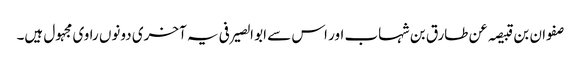
صفوان بن قبیصہ عن طارق بن شہاب اور اس سے ابو الصیرفی یہ آخری دونوں راوی مجہول ہیں۔